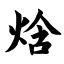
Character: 焓